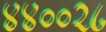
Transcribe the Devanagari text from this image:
४४००२८